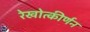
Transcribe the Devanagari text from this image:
रेखोत्कीर्णन